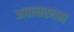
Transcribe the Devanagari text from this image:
अपानस्थल